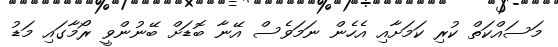
މަސައްކަތް ކުރި ކަމަށާއި އެހެން ނަމަވެސް އޭނާ ބޮޑަށް ބޭނުންވީ ރޯމާގައި މަޑު